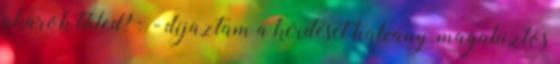
akarok tőled? : - díjaztam a kérdését halvány, magabiztos